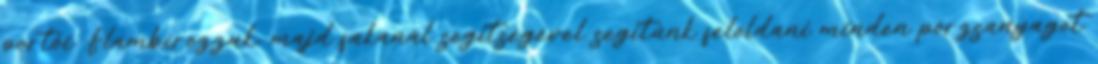
portói. Flambírozzuk, majd fakanál segítségével segítünk feloldani minden pörzsanyagot